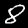
Digit: 8